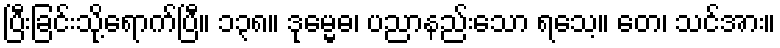
ပြီးခြင်းသို့ရောက်ပြီ။ ၁၃၈။ ဒုမ္မေဓ၊ ပညာနည်းသော ရသေ့။ တေ၊ သင်အား။